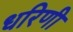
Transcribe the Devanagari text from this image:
धरिणी